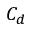
C _ { d }